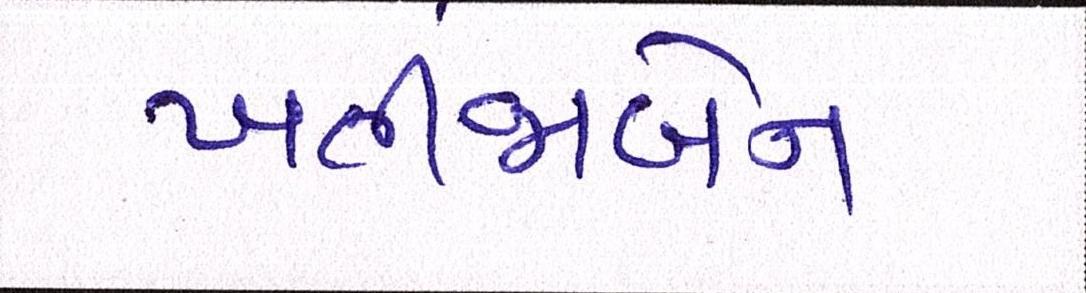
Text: ખતીજાબેન